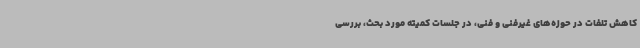
کاهش تلفات در حوزه‌های غیرفنی و فنی، در جلسات کمیته مورد بحث، بررسی